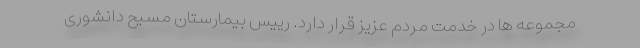
مجموعه ها در خدمت مردم عزیز قرار دارد. رییس بیمارستان مسیح دانشوری